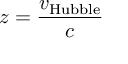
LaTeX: z = { \frac { v _ { \mathrm { H u b b l e } } } { c } }